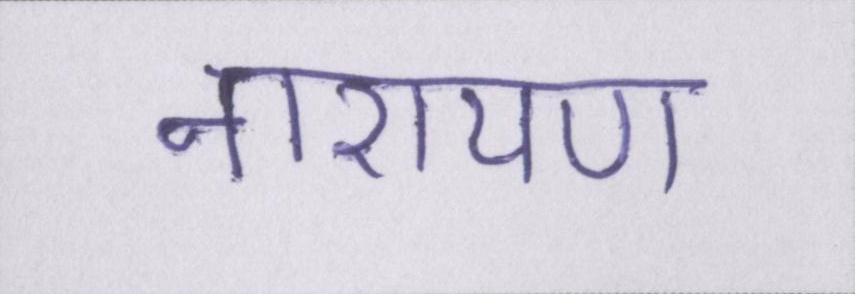
नारायण